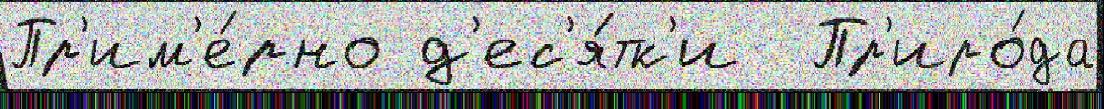
Пр'им'е́рно д'ес'я́тк'и  Пр'иро́да